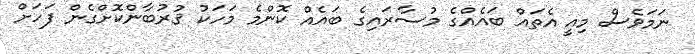
ނަމަވެސް މިއީ އެތައް ބައެއްގެ މުސާރައިގެ ބައެއް ކޮންމެ މަހަކު ޤުރުބާންކޮށްގެން ފަހަށް